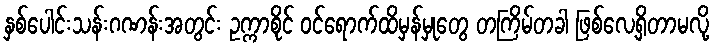
နှစ်ပေါင်းသန်းဂဏန်းအတွင်း ဥက္ကာစိုင် ဝင်ရောက်ထိမှန်မှုတွေ တကြိမ်တခါ ဖြစ်လေ့ရှိတာမလို့